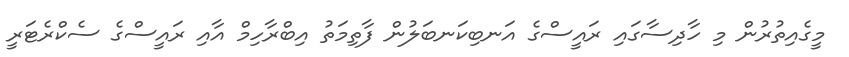
މީގެއިތުރުން މި ހާދިސާގައި ރައީސްގެ އަނބިކަނބަލުން ފާތިމަތު އިބްރާހިމް އާއި ރައީސްގެ ސެކްރެޓަރީ